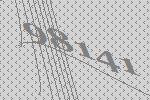
98141